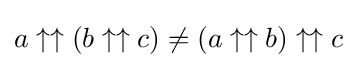
a\uparrow \uparrow (b\uparrow \uparrow c)\neq (a\uparrow \uparrow b)\uparrow \uparrow c